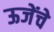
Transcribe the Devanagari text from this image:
ऊजेंचे